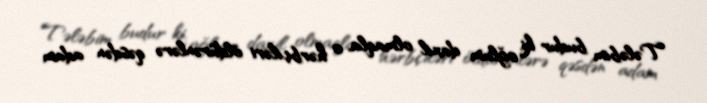
Tələbim budur ki, oğlum daxil olmaqla, o hərbçiləri öldürənlərə qəsdən adam